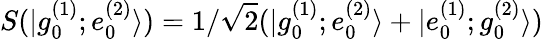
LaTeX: S(|g_{0}^{(1)};e_{0}^{(2)}\rangle)=1/\sqrt 2(|g_{0}^{(1)};e_{0}^{(2)}\rangle+|e_{0}^{(1)};g_{0}^{(2)}\rangle)